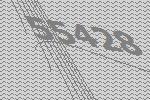
55428